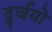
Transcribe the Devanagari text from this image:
दुर्जयो